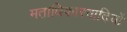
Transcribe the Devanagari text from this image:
मताधिकारवादियों